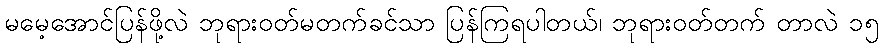
မမေ့အောင်ပြန်ဖို့လဲ ဘုရားဝတ်မတက်ခင်သာ ပြန်ကြရပါတယ်၊ ဘုရားဝတ်တက် တာလဲ ၁၅